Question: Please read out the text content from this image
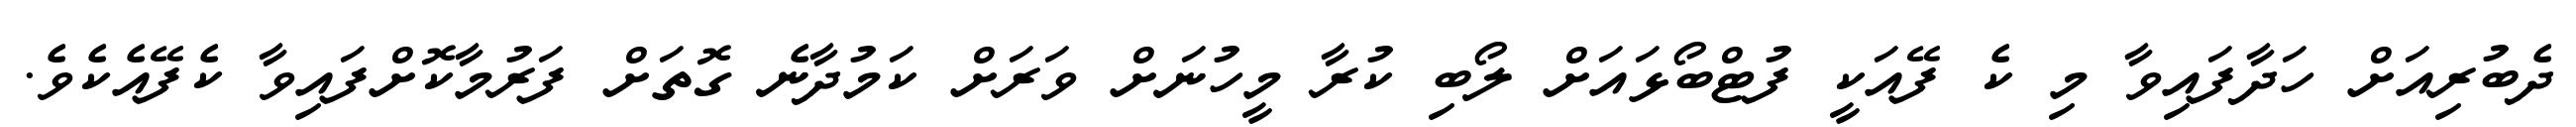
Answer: ދެބުރިއަށް ހަދާފައިވާ މި ކެ ފޭއަކީ ފުޓްބޯޅައަށް ލޯބި ކުރާ މީހުނަށް ވަރަށް ކަމުދާނެ ގޮތަށް ފަރުމާކޮށްފައިވާ ކެފޭއެކެވެ.